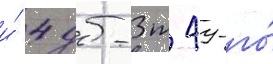
и́ 4 дб-3т 49-го́